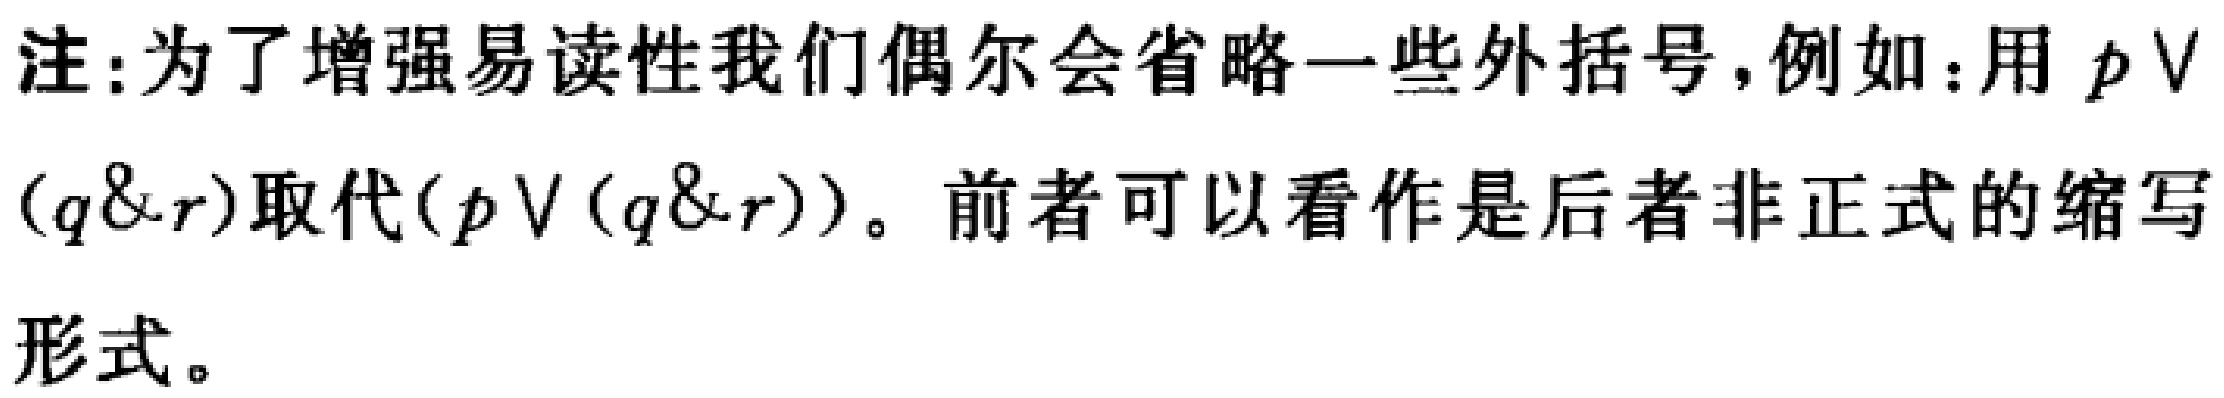
注：为了增强易读性我们偶尔会省略一些外括号，例如：用 \(p \vee (q\&r)\) 取代 \((p \vee (q\&r))\)。前者可以看作是后者非正式的缩写形式。